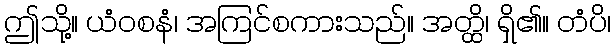
ဤသို့။ ယံဝစနံ၊ အကြင်စကားသည်။ အတ္ထိ၊ ရှိ၏။ တံပိ၊